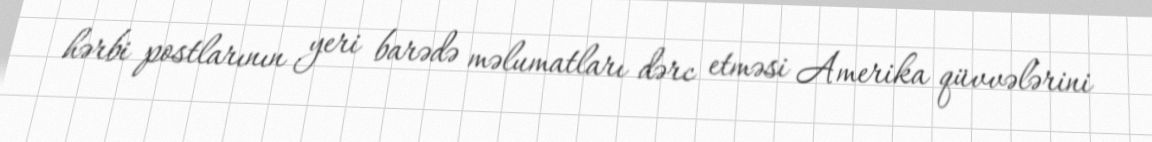
hərbi postlarının yeri barədə məlumatları dərc etməsi Amerika qüvvələrini